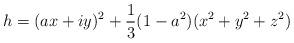
LaTeX: \begin{align*}h= (ax+iy)^2 +\frac 13 (1-a^2)(x^2+y^2+z^2)\end{align*}